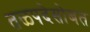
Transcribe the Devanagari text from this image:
तळपदेसोबत